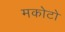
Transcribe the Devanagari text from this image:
मकोटो